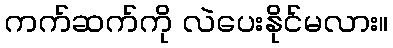
ကက်ဆက်ကို လဲပေးနိုင်မလား။